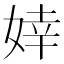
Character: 婞